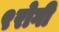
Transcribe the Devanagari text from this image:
९रोगी